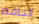
الجافة